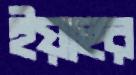
ইয়াহুর